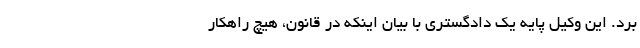
برد. این وکیل پایه یک دادگستری با بیان اینکه در قانون، هیچ راهکار